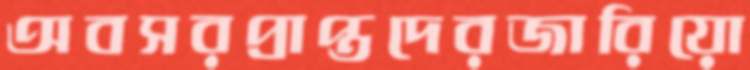
অবসরপ্রাপ্তদেরজারিয়ো